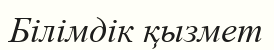
Білімдік қызмет